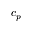
c _ { p }